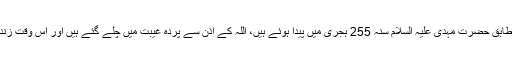
شیعہ عقائد اور تاریخی حقائق کے مطابق حضرت مہدی علیہ السلام سنہ 255 ہجری میں پیدا ہوئے ہیں، اللہ کے اذن سے پردہ غیبت میں چلے گئے ہيں اور اس وقت زندہ اور ہماری نظروں سے اوجھل ہیں۔